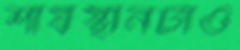
শীর্ষস্থানটাও